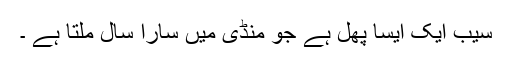
سیب ایک ایسا پھل ہے جو منڈی میں سارا سال ملتا ہے ۔